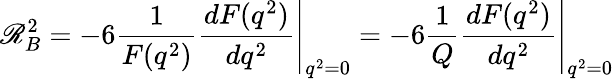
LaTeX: \mathscr{R}_{B}^{2}=-6\left.\frac{{1}}{{F(q^{2})}}\frac{{dF(q^{2})}}{{dq^{2}}}\right|_{q^{2}=0}=-6\left.\frac{{1}}{{Q}}\frac{{dF(q^{2})}}{{dq^{2}}}\right|_{q^{2}=0}